Indian journal of veterinary science and animal husbandry - Volume 9,
Year: 1939
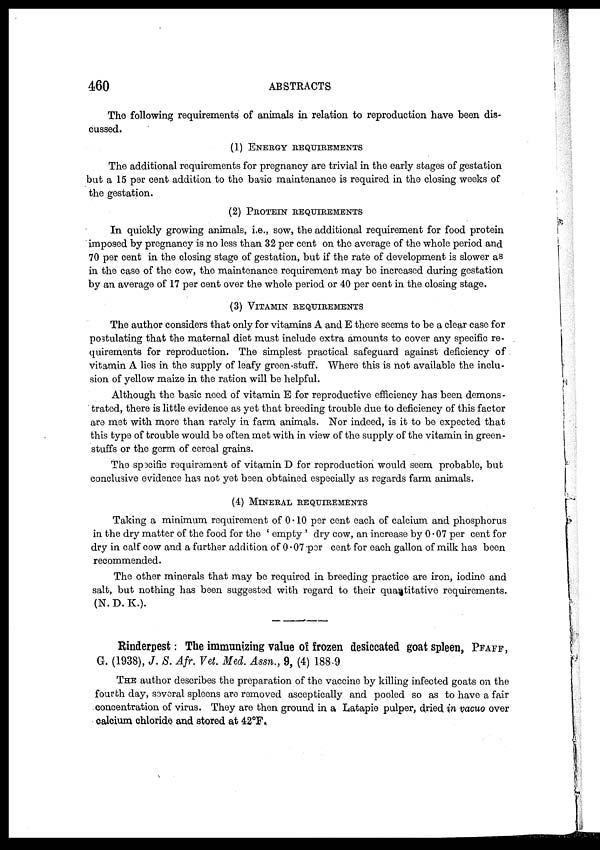
460
ABSTRACTS
The following requirements of animals in relation to reproduction have been dis-
cussed.
(1) ENERGY REQUIREMENTS
The additional requirements for pregnancy are trivial in the early stages of gestation
but a 15 per cent addition to the basic maintenance is required in the closing weeks of
the gestation.
(2) PROTEIN REQUIREMENTS
In quickly growing animals, i.e., sow, the additional requirement for food protein
imposed by pregnancy is no less than 32 per cent on the average of the whole period and
70 per cent in the closing stage of gestation, but if the rate of development is slower as
in the case of the cow, the maintenance requirement may be increased during gestation
by an average of 17 per cent over the whole period or 40 per cent in the closing stage.
(3) VITAMIN REQUIREMENTS
The author considers that only for vitamins A and E there seems to be a clear case for
postulating that the maternal diet must include extra amounts to cover any specific re-
quirements for reproduction. The simplest practical safeguard against deficiency of
vitamin A lies in the supply of leafy green-stuff. Where this is not available the inclu-
sion of yellow maize in the ration will be helpful.
Although the basic need of vitamin E for reproductive efficiency has been demons-
trated, there is little evidence as yet that breeding trouble due to deficiency of this factor
are met with more than rarely in farm animals. Nor indeed, is it to be expected that
this type of trouble would be often met with in view of the supply of the vitamin in green-
stuffs or the germ of cereal grains.
The specific requirement of vitamin D for reproduction would seem probable, but
conclusive evidence has not yet been obtained especially as regards farm animals.
(4) MINERAL REQUIREMENTS
Taking a minimum requirement of 0.10 per cent each of calcium and phosphorus
in the dry matter of the food for the ' empty ' dry cow, an increase by 0.07 per cent for
dry in calf cow and a further addition of 0.07 per cent for each gallon of milk has been
recommended.
The other minerals that may be required in breeding practice are iron, iodine and
salt, but nothing has been suggested with regard to their quantitative requirements.
(N.D.K.).
Rinderpest: The immunizing value of frozen desiccated goat spleen, PFAFF,
G. (1938), J. S. Afr. Vet. Med. Assn., 9, (4) 188.9
THE author describes the preparation of the vaccine by killing infected goats on the
fourth day, several spleens are removed asceptically and pooled so as to have a fair
concentration of virus. They are then ground in a Latapie pulper, dried in vacuo over
calcium chloride and stored at 42°F.